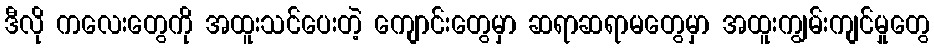
ဒီလို ကလေးတွေကို အထူးသင်ပေးတဲ့ ကျောင်းတွေမှာ ဆရာဆရာမတွေမှာ အထူးကျွမ်းကျင်မှုတွေ